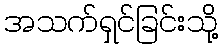
အသက်ရှင်ခြင်းသို့